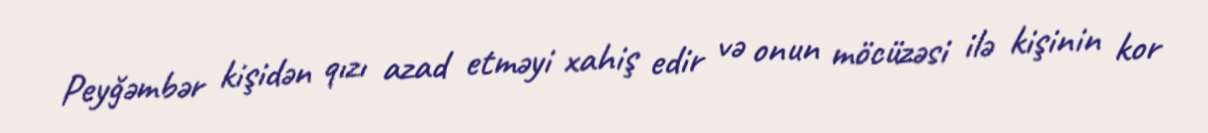
Peyğəmbər kişidən qızı azad etməyi xahiş edir və onun möcüzəsi ilə kişinin kor